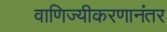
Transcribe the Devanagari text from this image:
वाणिज्यीकरणानंतर